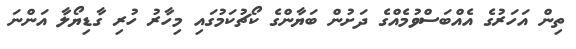
ތިން އަހަރުގެ އެއްބަސްވުމެއްގެ ދަށުން ބަޔާންގެ ކޯޗުކަމުގައި މިހާރު ހުރި ގާޑިޔޯލާ އަންނަ